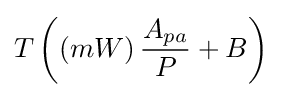
T\left(\left(mW\right){\frac {A_{pa}}{P}}+B\right)